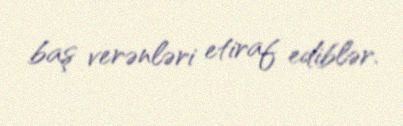
baş verənləri etiraf ediblər.